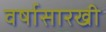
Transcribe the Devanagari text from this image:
वर्षासारखी